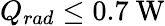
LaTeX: Q_{rad}\leq\textrm{0.7~W}